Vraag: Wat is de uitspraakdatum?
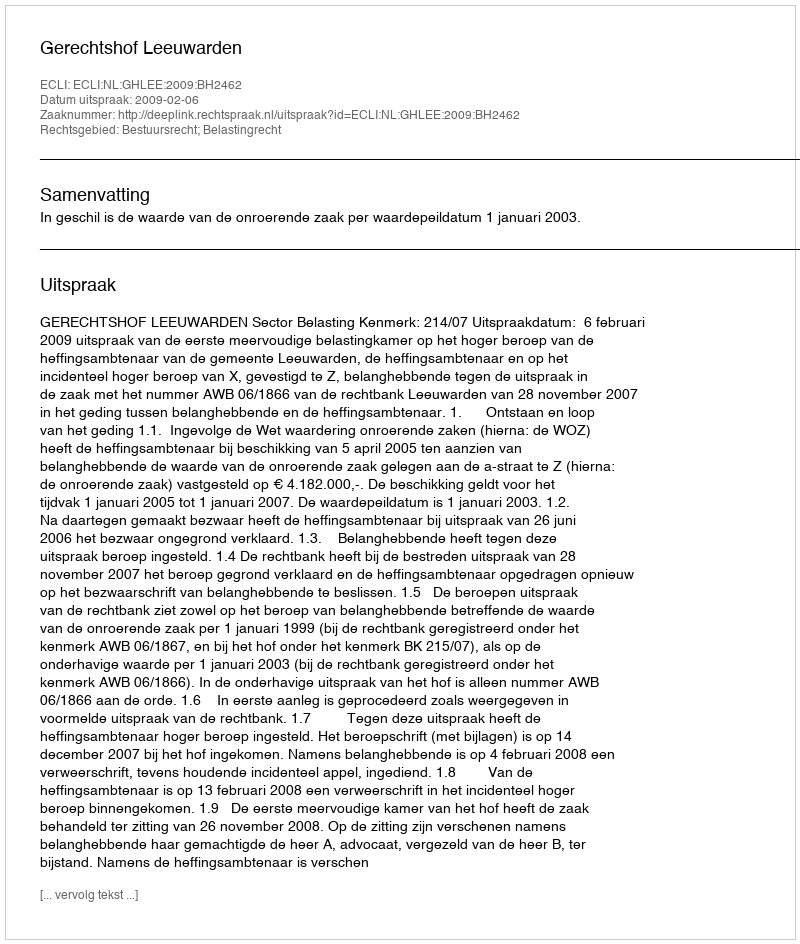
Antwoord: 2009-02-06